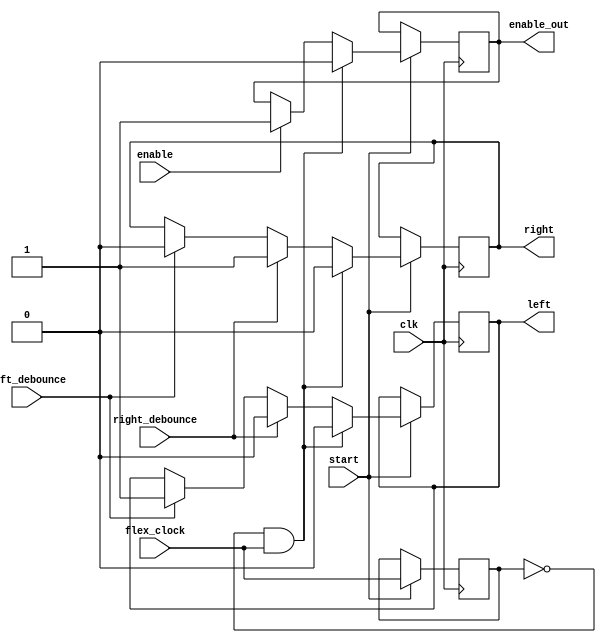
`timescale 1ns / 1ps
//////////////////////////////////////////////////////////////////////////////////
// Company: 
// Engineer: 
// 
// Design Name: 
// Module Name: moving_control
// Project Name: 
// Target Devices: 
// Tool Versions: 
// Description: 
// 
// Dependencies: 
// 
// Revision:
// Revision 0.01 - File Created
// Additional Comments:
// 
//////////////////////////////////////////////////////////////////////////////////


module moving_control(
input start,
input clk,
input flex_clock,
input enable,
input left_debounce,
input right_debounce,
output reg enable_out = 1,
output reg left,right
    );
    
    reg count;
    
    always @ (posedge clk) begin
    if(start)begin
    if ( right_debounce == 1) begin
    left = 0;
    right = 1;
    end
    
    else if (left_debounce == 1)begin
    left = 1;
    right = 0;
    end
    
    if (enable == 1) begin
    enable_out = 1;
    end
    
    if(count == 0 && flex_clock == 1) begin
    left = 0;
    right = 0;
    enable_out = 0;
    end
    count <= flex_clock;
    end
    end
    
endmodule